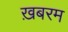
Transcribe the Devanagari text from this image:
ख़बरम